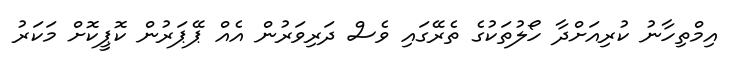
އިމްތިހާނު ކުރިއަށްދާ ހޯލުތަކުގެ ތެރޭގައި ވެސް ދަރިވަރުން އެއް ޕޭޕަރުން ކޮޕީކޮށް މަކަރު